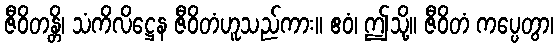
ဇီဝိတန္တိ၊ သံကိလိဋ္ဌေန ဇီဝိတံဟူသည်ကား။ ဧဝံ၊ ဤသို့။ ဇီဝိတံ ကပ္ပေတွာ၊